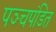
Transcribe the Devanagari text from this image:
पञ्चपंडित